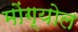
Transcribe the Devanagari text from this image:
मोंग्योल